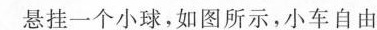
悬挂一个小球，如图所示，小车自由